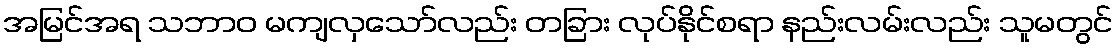
အမြင်အရ သဘာဝ မကျလှသော်လည်း တခြား လုပ်နိုင်စရာ နည်းလမ်းလည်း သူမတွင်